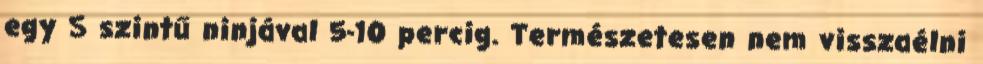
egy S szintű ninjával 5-10 percig. Természetesen nem visszaélni